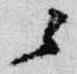
云